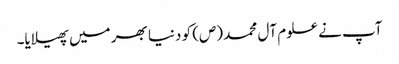
آپ نے علوم آل محمد (ص) کو دنیا بھر میں پھیلایا۔